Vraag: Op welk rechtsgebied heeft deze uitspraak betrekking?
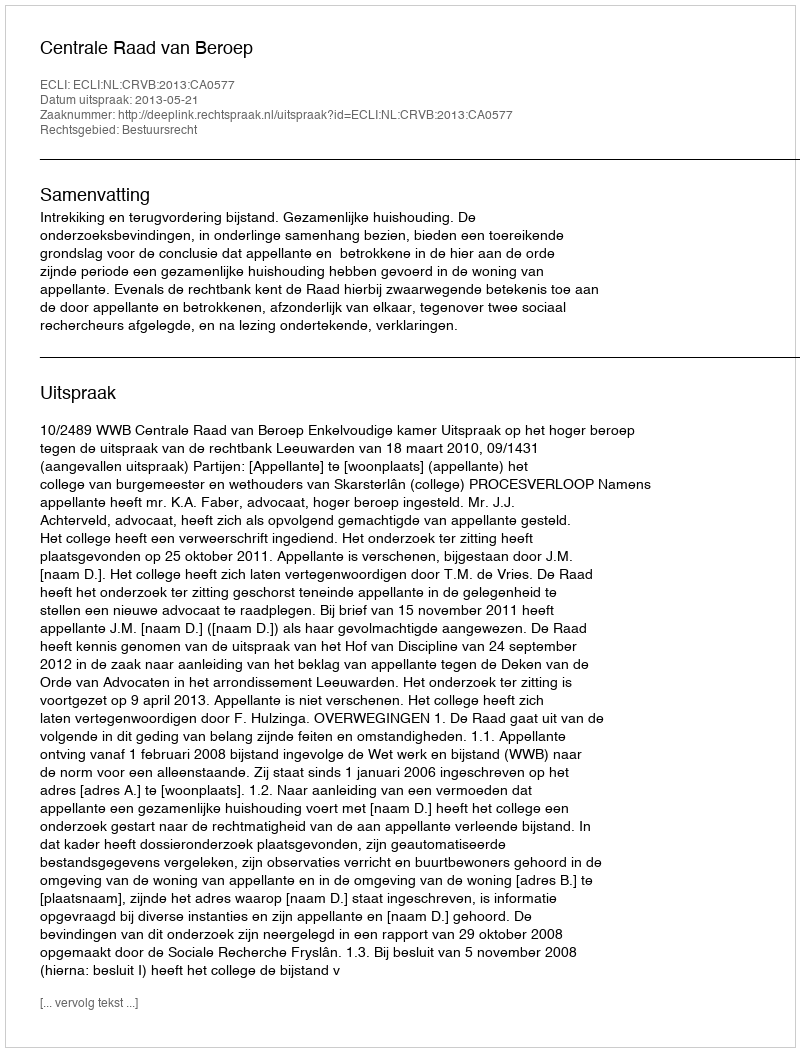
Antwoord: Bestuursrecht